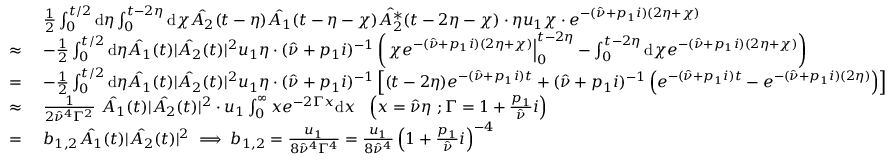
\begin{array} { r l } & { \frac { 1 } { 2 } \int _ { 0 } ^ { t / 2 } \mathrm { d } \eta \int _ { 0 } ^ { t - 2 \eta } \mathrm { d } \chi \hat { A _ { 2 } } ( t - \eta ) \hat { A _ { 1 } } ( t - \eta - \chi ) \hat { A _ { 2 } ^ { * } } ( t - 2 \eta - \chi ) \cdot \eta u _ { 1 } \chi \cdot e ^ { - ( \hat { \nu } + p _ { 1 } i ) ( 2 \eta + \chi ) } } \\ { \approx \ } & { - \frac { 1 } { 2 } \int _ { 0 } ^ { t / 2 } \mathrm { d } \eta \hat { A _ { 1 } } ( t ) | \hat { A _ { 2 } } ( t ) | ^ { 2 } u _ { 1 } \eta \cdot ( \hat { \nu } + p _ { 1 } i ) ^ { - 1 } \left( \left. \chi e ^ { - ( \hat { \nu } + p _ { 1 } i ) ( 2 \eta + \chi ) } \right| _ { 0 } ^ { t - 2 \eta } - \int _ { 0 } ^ { t - 2 \eta } \mathrm { d } \chi e ^ { - ( \hat { \nu } + p _ { 1 } i ) ( 2 \eta + \chi ) } \right) } \\ { = \ } & { - \frac { 1 } { 2 } \int _ { 0 } ^ { t / 2 } \mathrm { d } \eta \hat { A _ { 1 } } ( t ) | \hat { A _ { 2 } } ( t ) | ^ { 2 } u _ { 1 } \eta \cdot ( \hat { \nu } + p _ { 1 } i ) ^ { - 1 } \left[ ( t - 2 \eta ) e ^ { - ( \hat { \nu } + p _ { 1 } i ) t } + ( \hat { \nu } + p _ { 1 } i ) ^ { - 1 } \left( e ^ { - ( \hat { \nu } + p _ { 1 } i ) t } - e ^ { - ( \hat { \nu } + p _ { 1 } i ) ( 2 \eta ) } \right) \right] } \\ { \approx \ } & { \frac { 1 } { 2 \hat { \nu } ^ { 4 } \Gamma ^ { 2 } } \ \hat { A _ { 1 } } ( t ) | \hat { A _ { 2 } } ( t ) | ^ { 2 } \cdot u _ { 1 } \int _ { 0 } ^ { \infty } x e ^ { - 2 \Gamma x } \mathrm { d } x \ \ \left( x = \hat { \nu } \eta \ ; \Gamma = 1 + \frac { p _ { 1 } } { \hat { \nu } } i \right) } \\ { = \ } & { b _ { 1 , 2 } \hat { A _ { 1 } } ( t ) | \hat { A _ { 2 } } ( t ) | ^ { 2 } \implies b _ { 1 , 2 } = \frac { u _ { 1 } } { 8 \hat { \nu } ^ { 4 } \Gamma ^ { 4 } } = \frac { u _ { 1 } } { 8 \hat { \nu } ^ { 4 } } \left( 1 + \frac { p _ { 1 } } { \hat { \nu } } i \right) ^ { - 4 } } \end{array}